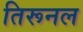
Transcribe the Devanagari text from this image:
तिरूनल